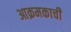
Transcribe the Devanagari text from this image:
आक्रमकाची